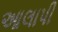
આલાપી